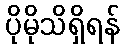
ပိုမိုသိရှိရန်